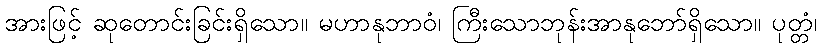
အားဖြင့် ဆုတောင်းခြင်းရှိသော။ မဟာနုဘာဝံ၊ ကြီးသောဘုန်းအာနုဘော်ရှိသော။ ပုတ္တံ၊